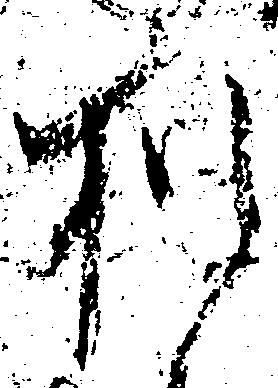
猶